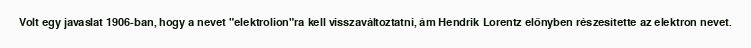
Volt egy javaslat 1906-ban, hogy a nevet "elektrolion"ra kell visszaváltoztatni, ám Hendrik Lorentz előnyben részesítette az elektron nevet.